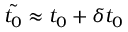
\tilde { t _ { 0 } } \approx t _ { 0 } + \delta t _ { 0 }